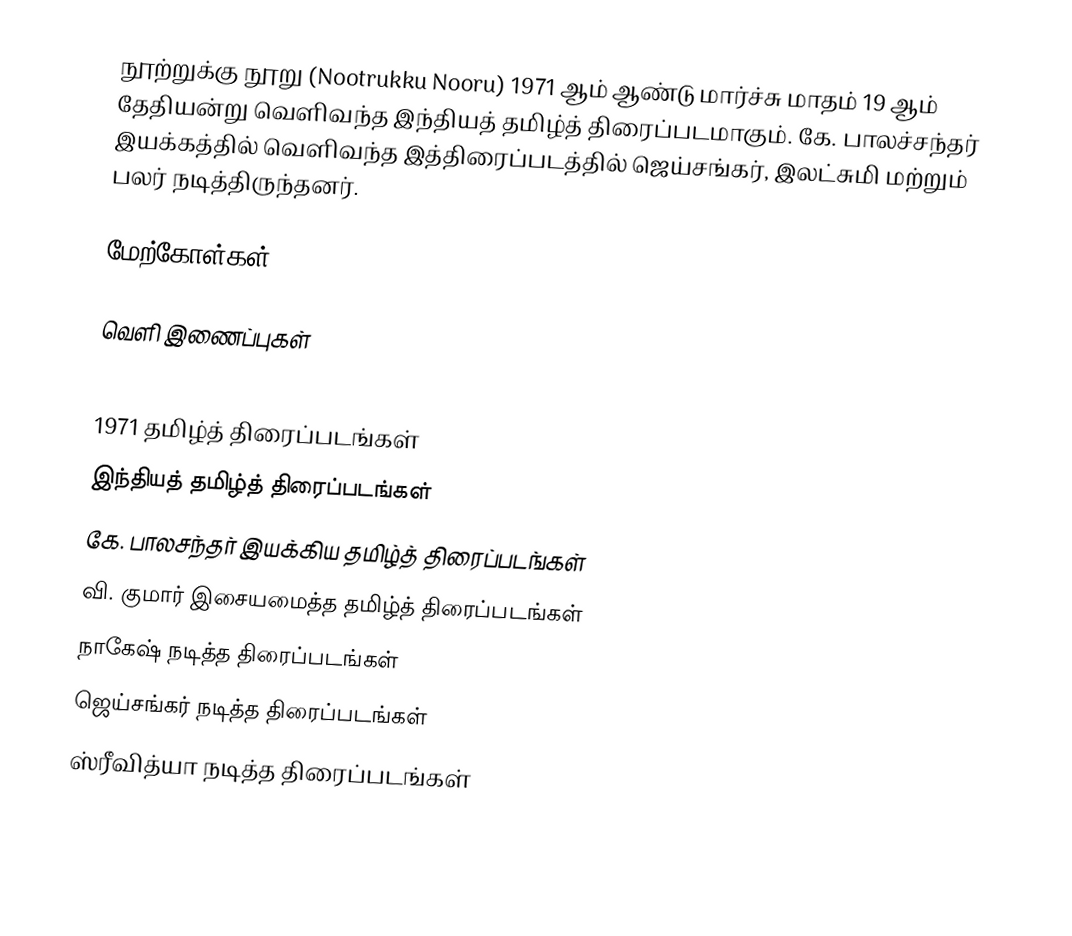
நூற்றுக்கு நூறு (Nootrukku Nooru) 1971 ஆம் ஆண்டு மார்ச்சு மாதம் 19 ஆம் தேதியன்று வெளிவந்த இந்தியத் தமிழ்த் திரைப்படமாகும். கே. பாலச்சந்தர் இயக்கத்தில் வெளிவந்த இத்திரைப்படத்தில் ஜெய்சங்கர், இலட்சுமி மற்றும் பலர் நடித்திருந்தனர்.

மேற்கோள்கள்

வெளி இணைப்புகள்

1971 தமிழ்த் திரைப்படங்கள்
இந்தியத் தமிழ்த் திரைப்படங்கள்
கே. பாலசந்தர் இயக்கிய தமிழ்த் திரைப்படங்கள்
வி. குமார் இசையமைத்த தமிழ்த் திரைப்படங்கள்
நாகேஷ் நடித்த திரைப்படங்கள்
ஜெய்சங்கர் நடித்த திரைப்படங்கள்
ஸ்ரீவித்யா நடித்த திரைப்படங்கள்